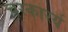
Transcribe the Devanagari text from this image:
चरकारर्य